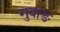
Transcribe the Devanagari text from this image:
गुवाङ